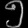
Digit: ၅